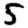
Digit: 5